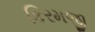
કિરમજી